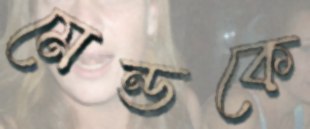
মেন্ডকে